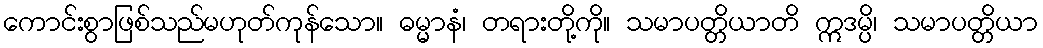
ကောင်းစွာဖြစ်သည်မဟုတ်ကုန်သော။ ဓမ္မာနံ၊ တရားတို့ကို။ သမာပတ္တိယာတိ ဣဒမ္ပိ၊ သမာပတ္တိယာ